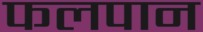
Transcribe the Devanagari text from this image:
फलपान